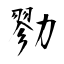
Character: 勠